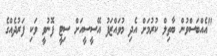
"އެއްބަސްވުން ބާތިލް ކުރުމަށް އެދި މުވައްޒަފު އޭސީސީއަށް ސިޓީ ފޮނުވީ ވަކި ފަރުދެއްގެ